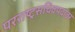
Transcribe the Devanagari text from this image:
परराष्ट्रसचिवपदावर